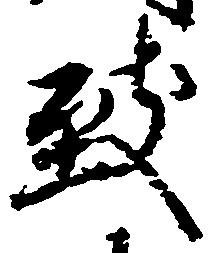
致